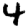
Digit: 4